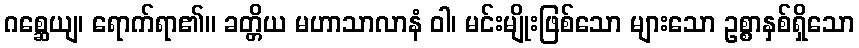
ဂစ္ဆေယျ၊ ရောက်ရာ၏။ ခတ္တိယ မဟာသာလာနံ ဝါ၊ မင်းမျိုးဖြစ်သော များသော ဥစ္စာနှစ်ရှိသော